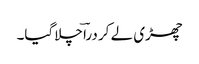
چھڑی لے کر دراؔ چلاگیا۔